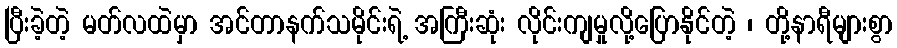
ပြီးခဲ့တဲ့ မတ်လထဲမှာ အင်တာနက်သမိုင်းရဲ့ အကြီးဆုံး လိုင်းကျမှုလို့ပြောနိုင်တဲ့ ၊ တို့နာရီများစွာ